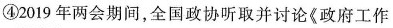
④2019年两会期间，全国政协听取并讨论《政府工作